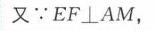
又$\because EF\perp AM$，